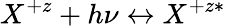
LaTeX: {X^{+z}+h\nu\leftrightarrow X^{+z*}}